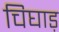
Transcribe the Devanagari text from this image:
चिघाड़